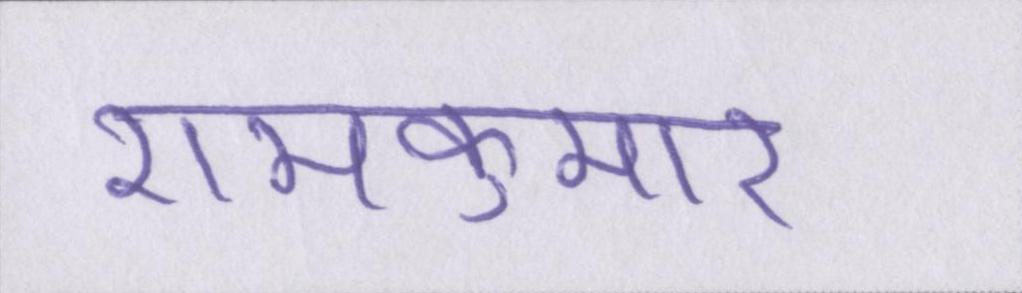
रामकुमार